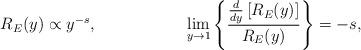
LaTeX: \begin{align*}R_E(y) \propto y^{-s}, ~~~~~~~~~~~~~~~~ \lim_{y\rightarrow 1}\left\{\frac{\frac{d}{dy}\left[R_E(y)\right]} {R_E(y)}\right\} = -s,\end{align*}